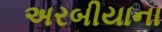
અરબીયાના